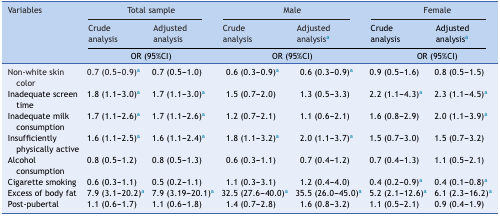
| Variables | <COLSPAN=2> Total sample |  | <COLSPAN=2> Male |  | <COLSPAN=2> Female |
 |  | Crude analysis | Adjusted analysis |  | Crude analysis | Adjusted analysisa |  | Crude analysis | Adjusted analysisa |
 |  | <COLSPAN=2> OR (95%CI) |  | <COLSPAN=2> OR (95%CI) |  | <COLSPAN=2> OR (95%CI) |
 | --- | --- | --- | --- | --- | --- | --- | --- | --- |
 | Non-white skin color | 0.7 (0.5-0.9)a | 0.7 (0.5-1.0) |  | 0.6 (0.3-0.9)a | 0.6 (0.3-0.9)a |  | 0.9 (0.5-1.6) | 0.8 (0.5-1.5) |
 | Inadequate screen time | 1.8 (1.1-3.0)a | 1.7 (1.1-3.0)a |  | 1.5 (0.7-2.0) | 1.3 (0.5-3.3) |  | 2.2 (1.1-4.3)a | 2.3 (1.1-4.5)a |
 | Inadequate milk consumption | 1.7 (1.1-2.6)a | 1.7 (1.1-2.6)a |  | 1.2 (0.7-2.1) | 1.1 (0.6-2.1) |  | 1.6 (0.8-2.9) | 2.0 (1.1-3.9)a |
 | Insufficiently physically active | 1.6 (1.1-2.5)a | 1.6 (1.1-2.4)a |  | 1.8 (1.1-3.2)a | 2.0 (1.1-3.7)a |  | 1.5 (0.7-3.0) | 1.5 (0.7-3.2) |
 | Alcohol consumption | 0.8 (0.5-1.2) | 0.8 (0.5-1.3) |  | 0.6 (0.3-1.1) | 0.7 (0.4-1.2) |  | 0.7 (0.4-1.3) | 1.1 (0.5-2.1) |
 | Cigarette smoking | 0.6 (0.3-1.1) | 0.5 (0.2-1.1) |  | 1.1 (0.3-3.1) | 1.2 (0.4-4.0) |  | 0.4 (0.2-0.9)a | 0.4 (0.1-0.8)a |
 | Excess of body fat | 7.9 (3.1-20.2)a | 7.9 (3.19-20.1)a |  | 32.5 (27.6-40.0)a | 35.5 (26.0-45.0)a |  | 5.2 (2.1-12.6)a | 6.1 (2.3-16.2)a |
 | Post-pubertal | 1.1 (0.6-1.7) | 1.1 (0.6-1.8) |  | 1.4 (0.7-2.8) | 1.6 (0.8-3.2) |  | 1.1 (0.5-2.1) | 0.9 (0.4-1.9) |